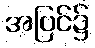
အပြင်၌